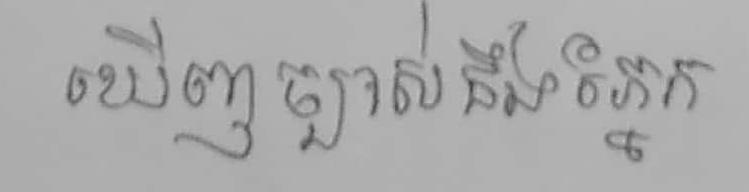
ឃើញច្បាស់នឹងភ្នែក